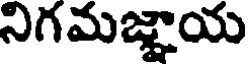
నిగమజ్ఞాయ